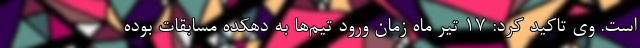
است. وی تاکید کرد: ۱۷ تیر ماه زمان ورود تیم‌ها به دهکده مسابقات بوده